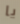
يا